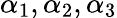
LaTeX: \alpha_{1},\alpha_{2},\alpha_{3}